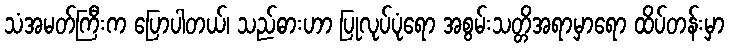
သံအမတ်ကြီးက ပြောပါတယ်၊ သည်ဓားဟာ ပြုလုပ်ပုံရော အစွမ်းသတ္တိအရာမှာရော ထိပ်တန်းမှာ